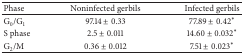
<table><thead><tr><td><b>Phase</b></td><td><b>Noninfected gerbils</b></td><td><b>Infected gerbils</b></td></tr></thead><tbody><tr><td>G<sub>0</sub>/G<sub>1</sub></td><td>97.14 ± 0.33</td><td>77.89 ± 0.42∗</td></tr><tr><td>S phase</td><td>2.5 ± 0.011</td><td>14.60 ± 0.032∗</td></tr><tr><td>G<sub>2</sub>/M</td><td>0.36 ± 0.012</td><td>7.51 ± 0.023∗</td></tr></tbody></table>